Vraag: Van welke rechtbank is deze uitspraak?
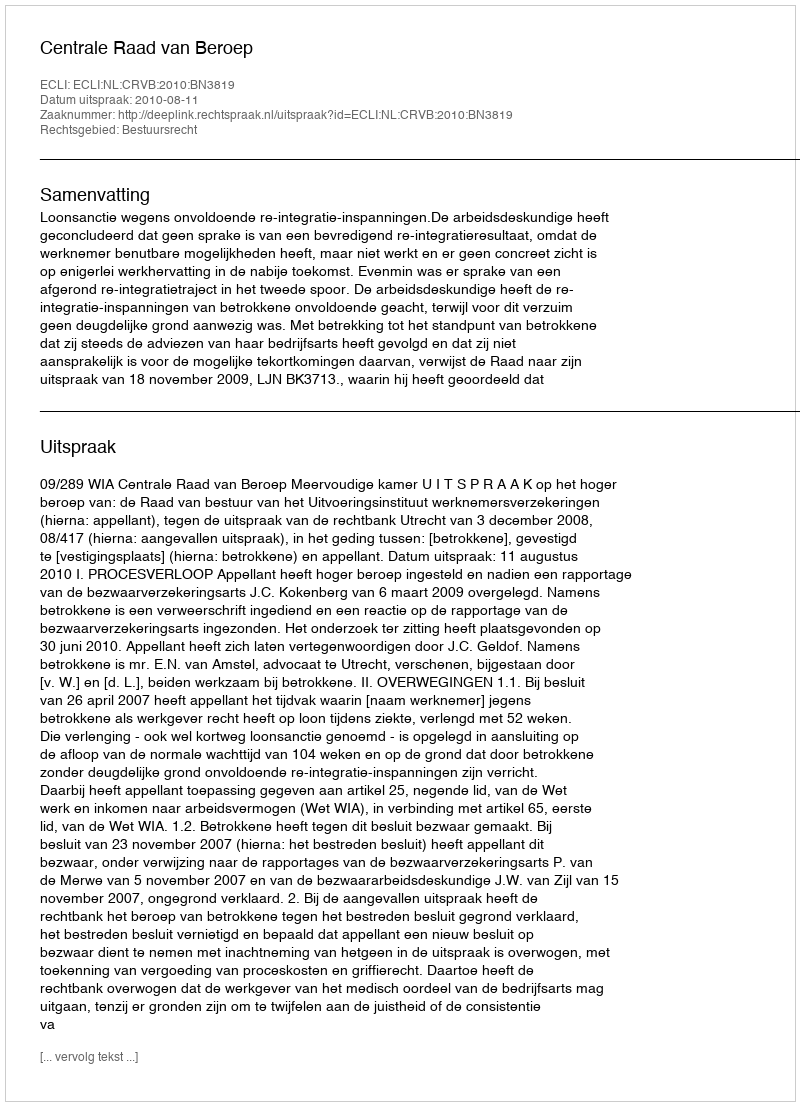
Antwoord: Centrale Raad van Beroep